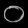
Digit: ၀